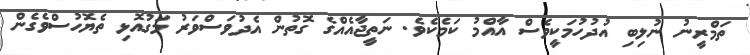
ތަމްރީނު ނުލިބި އުދުހުމަކީވެސް އާއްމު ކަމެކެވެ. ނަތީޖާއެއްގެ ގޮތުން އެދުވަސްވަރު މަގުއޮޅި ތެޔޮހުސްވެގެން